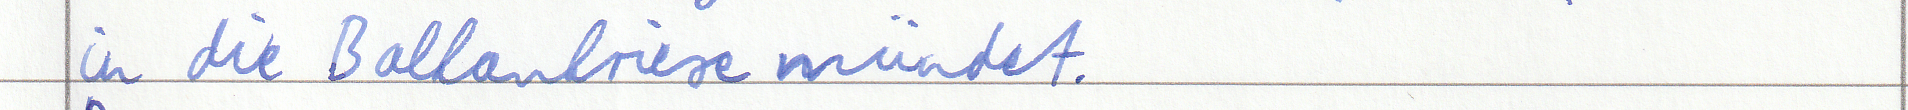
in die Balkankriese mündet.